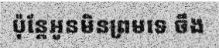
ប៉ុន្តែអូនមិនព្រមទេ ចឹង